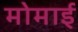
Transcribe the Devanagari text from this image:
मोमाई